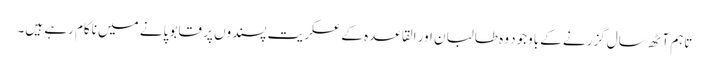
تاہم آٹھ سال گزرنے کے باوجود وہ طالبان اور القاعدہ کے عسکریت پسندوں پر قابو پانے میں ناکام رہے ہیں۔